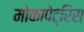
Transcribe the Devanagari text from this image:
मोकापेट्रिस